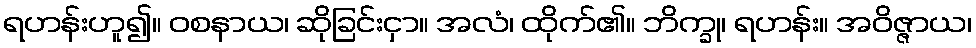
ရဟန်းဟူ၍။ ဝစနာယ၊ ဆိုခြင်းငှာ။ အလံ၊ ထိုက်၏။ ဘိက္ခု၊ ရဟန်း။ အဝိဇ္ဇာယ၊